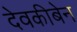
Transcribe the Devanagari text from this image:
देवकीबेन